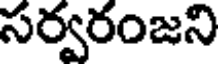
సర్వరంజని